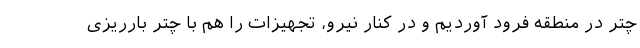
چتر در منطقه فرود آوردیم و در کنار نیرو، تجهیزات را هم با چتر بارریزی